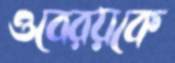
ওবেরয়কে